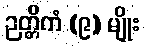
ဉတ္တိကံ (၉) မျိုး